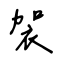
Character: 袈